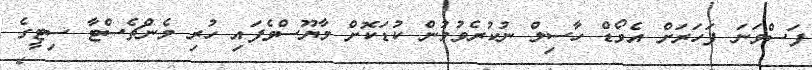
ފަސްވަނަ ފަހަރަށް އެވޯޑް ހާސިލް ނުކުރެވުމުން ކުޑަކޮށް މާޔޫސްވެފައި ހުރި މެންޗެސްޓާ ސިޓީގެ